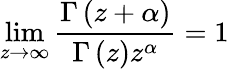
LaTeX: \operatorname*{lim}_{z\to\infty}\frac{\Gamma\left(z+\alpha\right)}{\Gamma\left(z\right)z^{\alpha}}=1